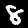
Digit: 8